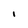
Character: I